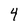
Character: 4